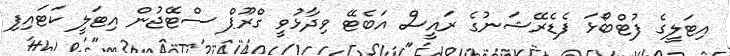
އިޓަލީގެ ފުޓްބޯޅަ ފެޑެރޭޝަނުގެ ރައީސް އަބެޓޭ ވިދާޅުވީ ގްރޫޕް ސްޓޭޖުން އިޓަލީ ކަޓައިފި